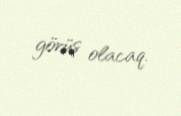
görüş olacaq.